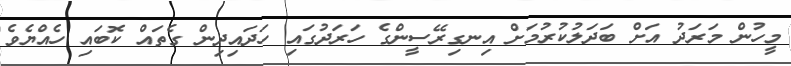
މީހުން މަރަދު އަށް ބަދަލުކުރުމަށް އިނގިރޭސީންގެ ހަރަދުގައި ހަދައިދިން ގެތައް ކޮބައި ހެއްޔެވެ